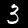
Digit: 3